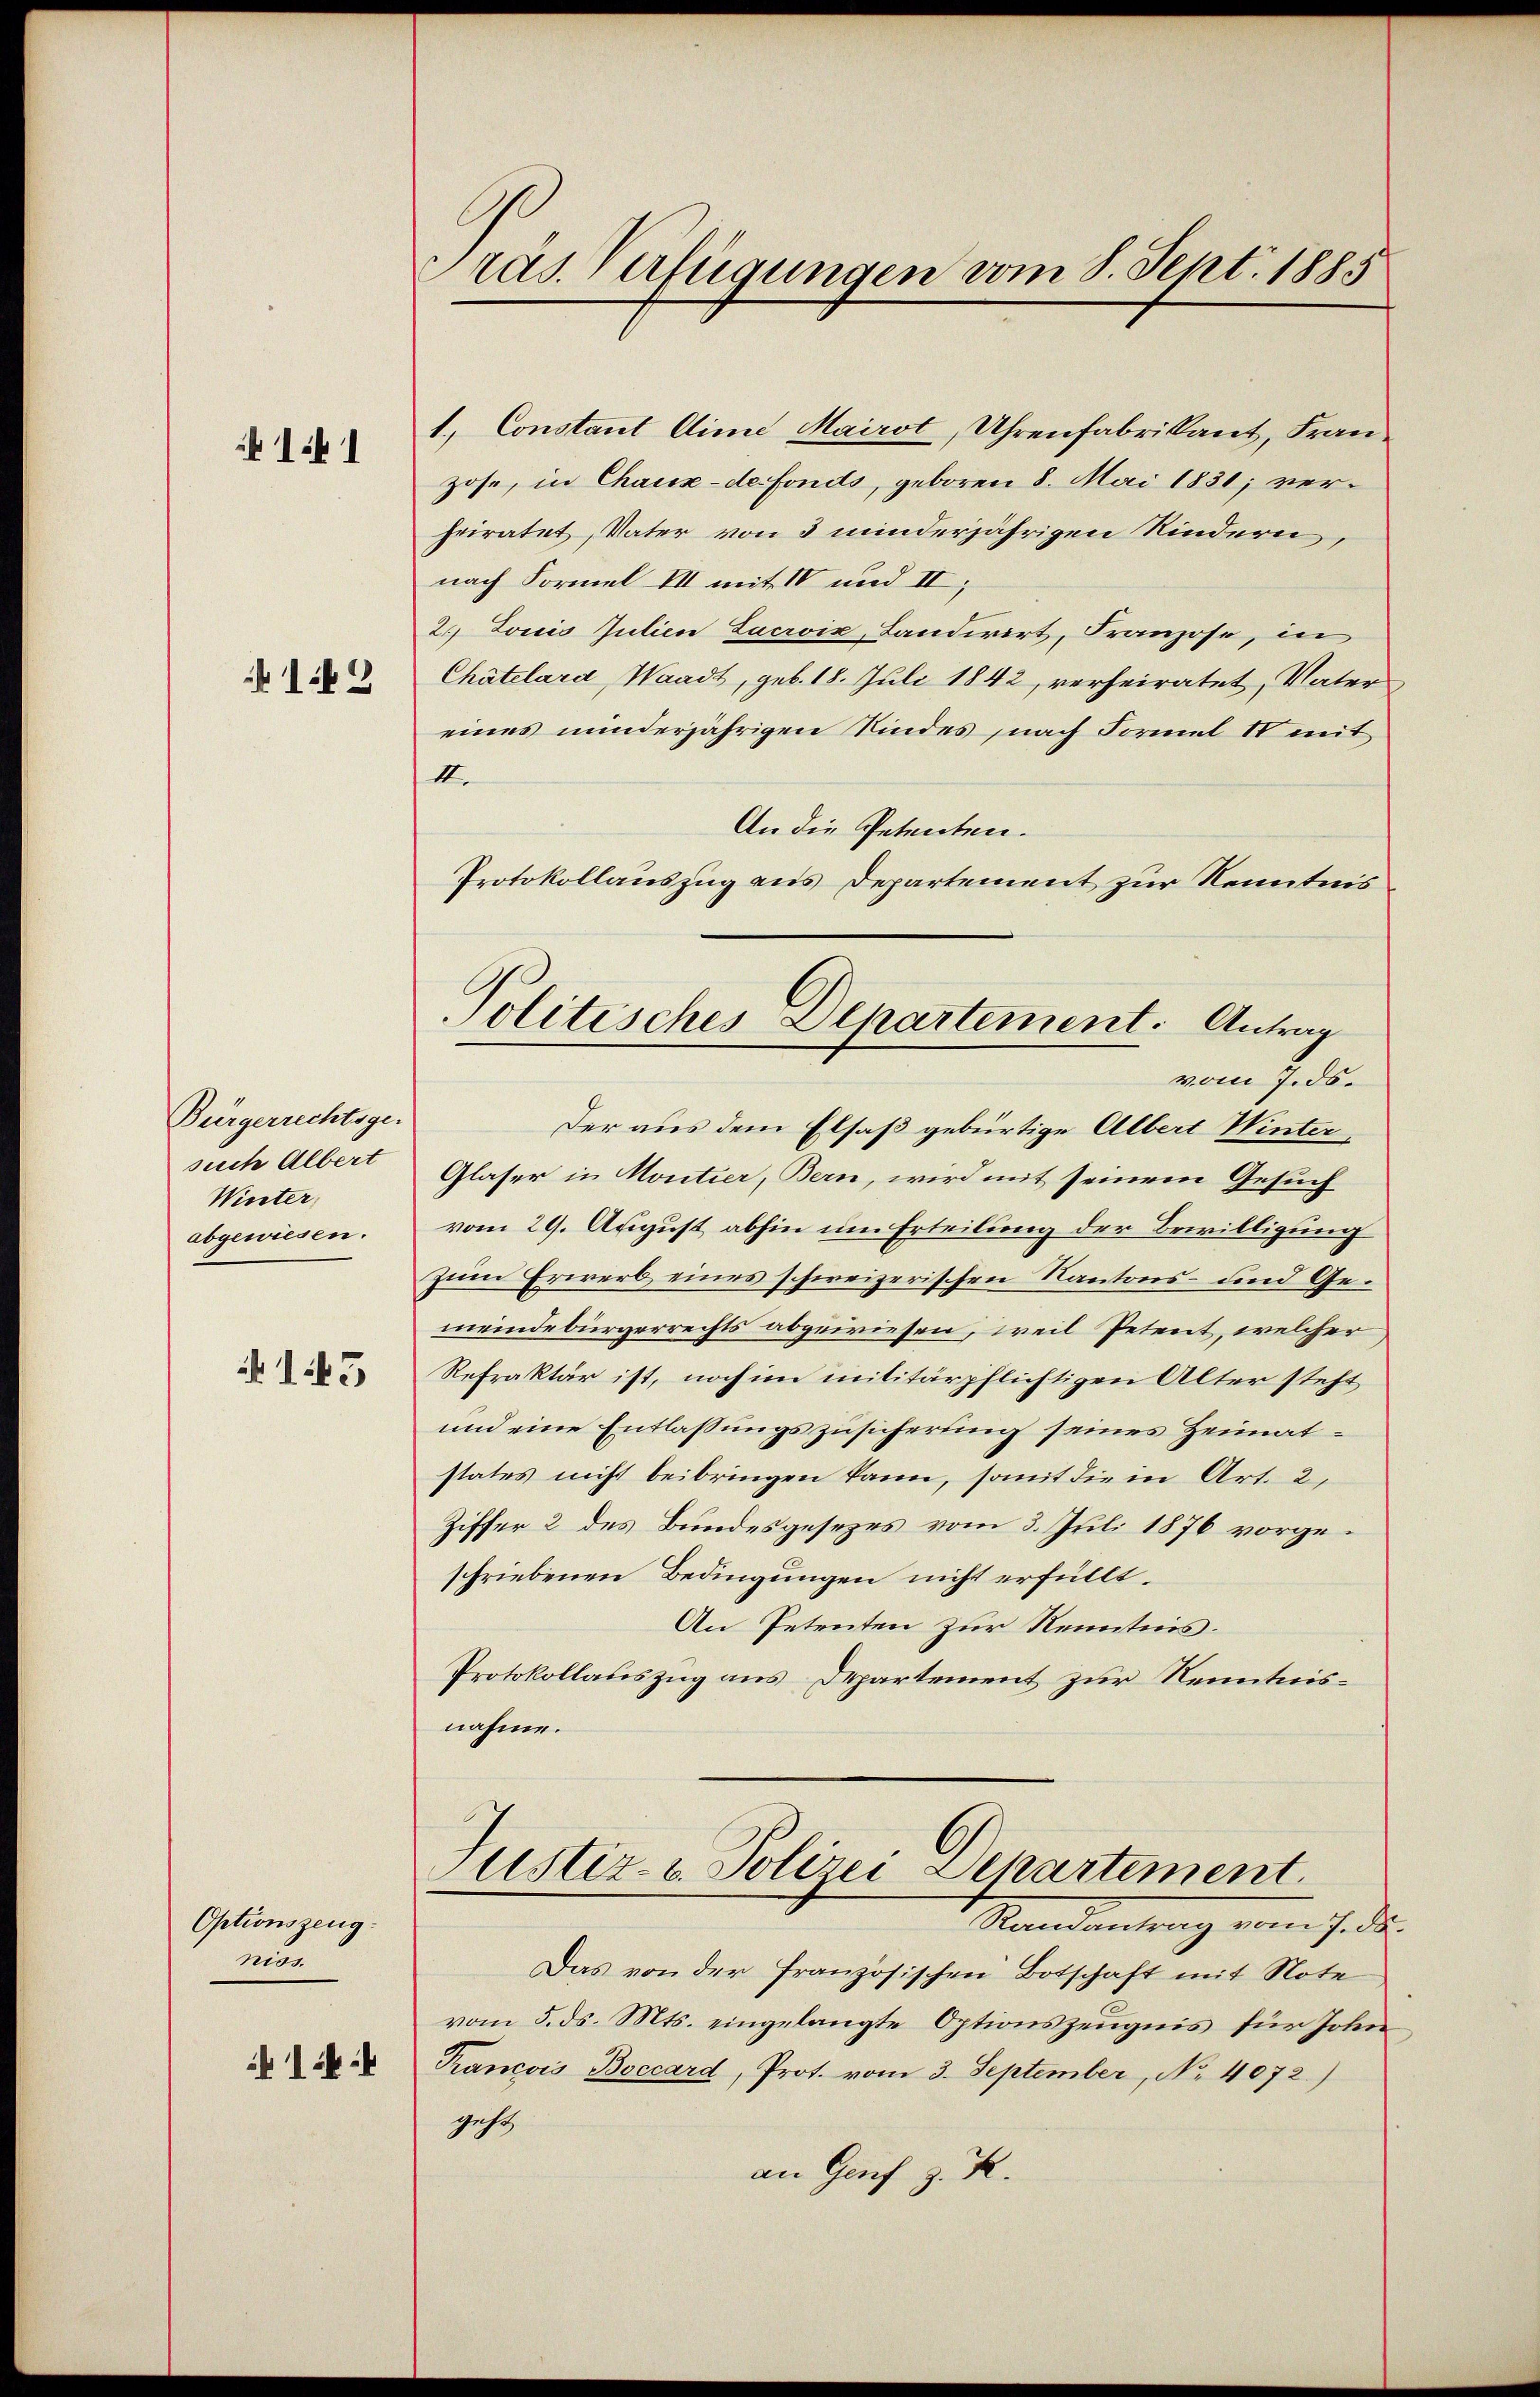
b 11

163

Bürgerrechtsge-
such Albert
Winter
abgewiesen.
A 145

Optionszeug.
nios.

Präs. Verfügungen vom 8. Sept. 1885

Politisches Departement. Antrag
vom 7. ds.

1. Constant line Mairot, Uhrenfabrikant, Franzose, in Chaux-de fonds, geboren 8. Mai 1831; verheiratet, Vater von 3 minderjährigen Kindern,
nach Formel VII mit IV und II,
2.) Jonis Julien Lacroix, Landwirt, Franzose, in
Chatelard, Waadt, geb. 18. Juli 1842, verheiratet, Vater
eines minderjährigen Kindes nach Formel IV mit
II.
An die Petenten.
Protokollauszug aus Departement zur Kenntnis
Der aus dem Elsaß gebürtige Albert Winter¬
Glaser in Montier, Bern, wird mit seinem Gesuch
vom 29. August abhin um Erteilung der Bewilligung
zum Erwerb eines schweizerischen Kantons- und Gemeindebürgerrechts abgewiesen, weil Petent, welcher
Refraktär ist, noch im militärpflichtigen Alter steht
und eine Entlassungszusicherung seines Heimatstates nicht beibringen kann, somit die in Art. 2,
Ziffer 2 des Bundesgesezes vom 3. Juli 1876 vorgeschriebenen Bedingungen nicht erfüllt.
An Petenten zur Kenntnis.
Protokollauszug aus Departement zur Kenntnisnahme.
Justiz- u. Polizei Separtement.
Randantrag vom 7. ds.
Das von der französischen Botschaft mit Note
vom 5. ds. Mts. eingelangte Optionszeugnis für John
Rancois Boccard, Prot. vom 3. September, No. 4072.)
gehe,
an Genf z. K.